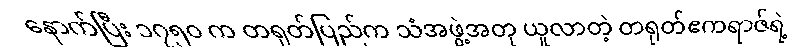
နောက်ပြီး ၁၇၅၀ က တရုတ်ပြည်က သံအဖွဲ့အတု ယူလာတဲ့ တရုတ်ဧကရာဇ်ရဲ့